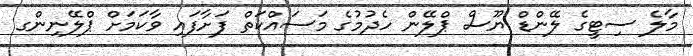
މާލެ ސިޓީގެ ލޭންޑް ޔޫސް ޕްލޭން ހެދުމުގެ މަސައްކަތް ފަށާފައި ވާކަމަށް ޕްލޭނިންގ